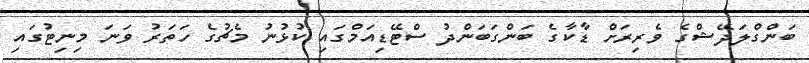
ބަންގްލަދޭޝްގެ ވެރިރަށް ޑާކާގެ ބަންގަބަންދު ސްޓޭޑިއަމްގައި ކުޅުނު މެޗުގެ ހަތަރު ވަނަ މިނިޓުގައި